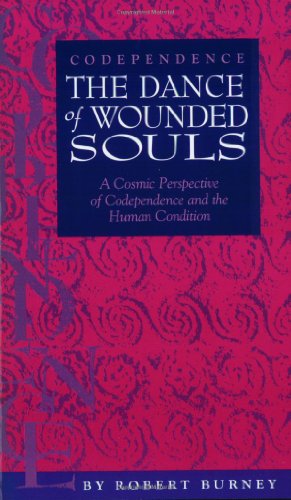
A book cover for Codependence / The Dance of Wounded Souls; Robert Burney; Self-Help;